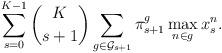
LaTeX: \begin{align*}\sum_{s=0}^{K-1} \binom{K}{s+1}\sum_{g\in\mathcal{G}_{s+1}} \pi_{s+1}^g \max_{n\in g}x^n_s. \end{align*}